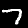
Digit: 7